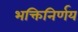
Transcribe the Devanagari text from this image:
भक्तिनिर्णय